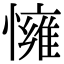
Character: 𢢓